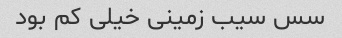
سس سیب زمینی خیلی کم بود